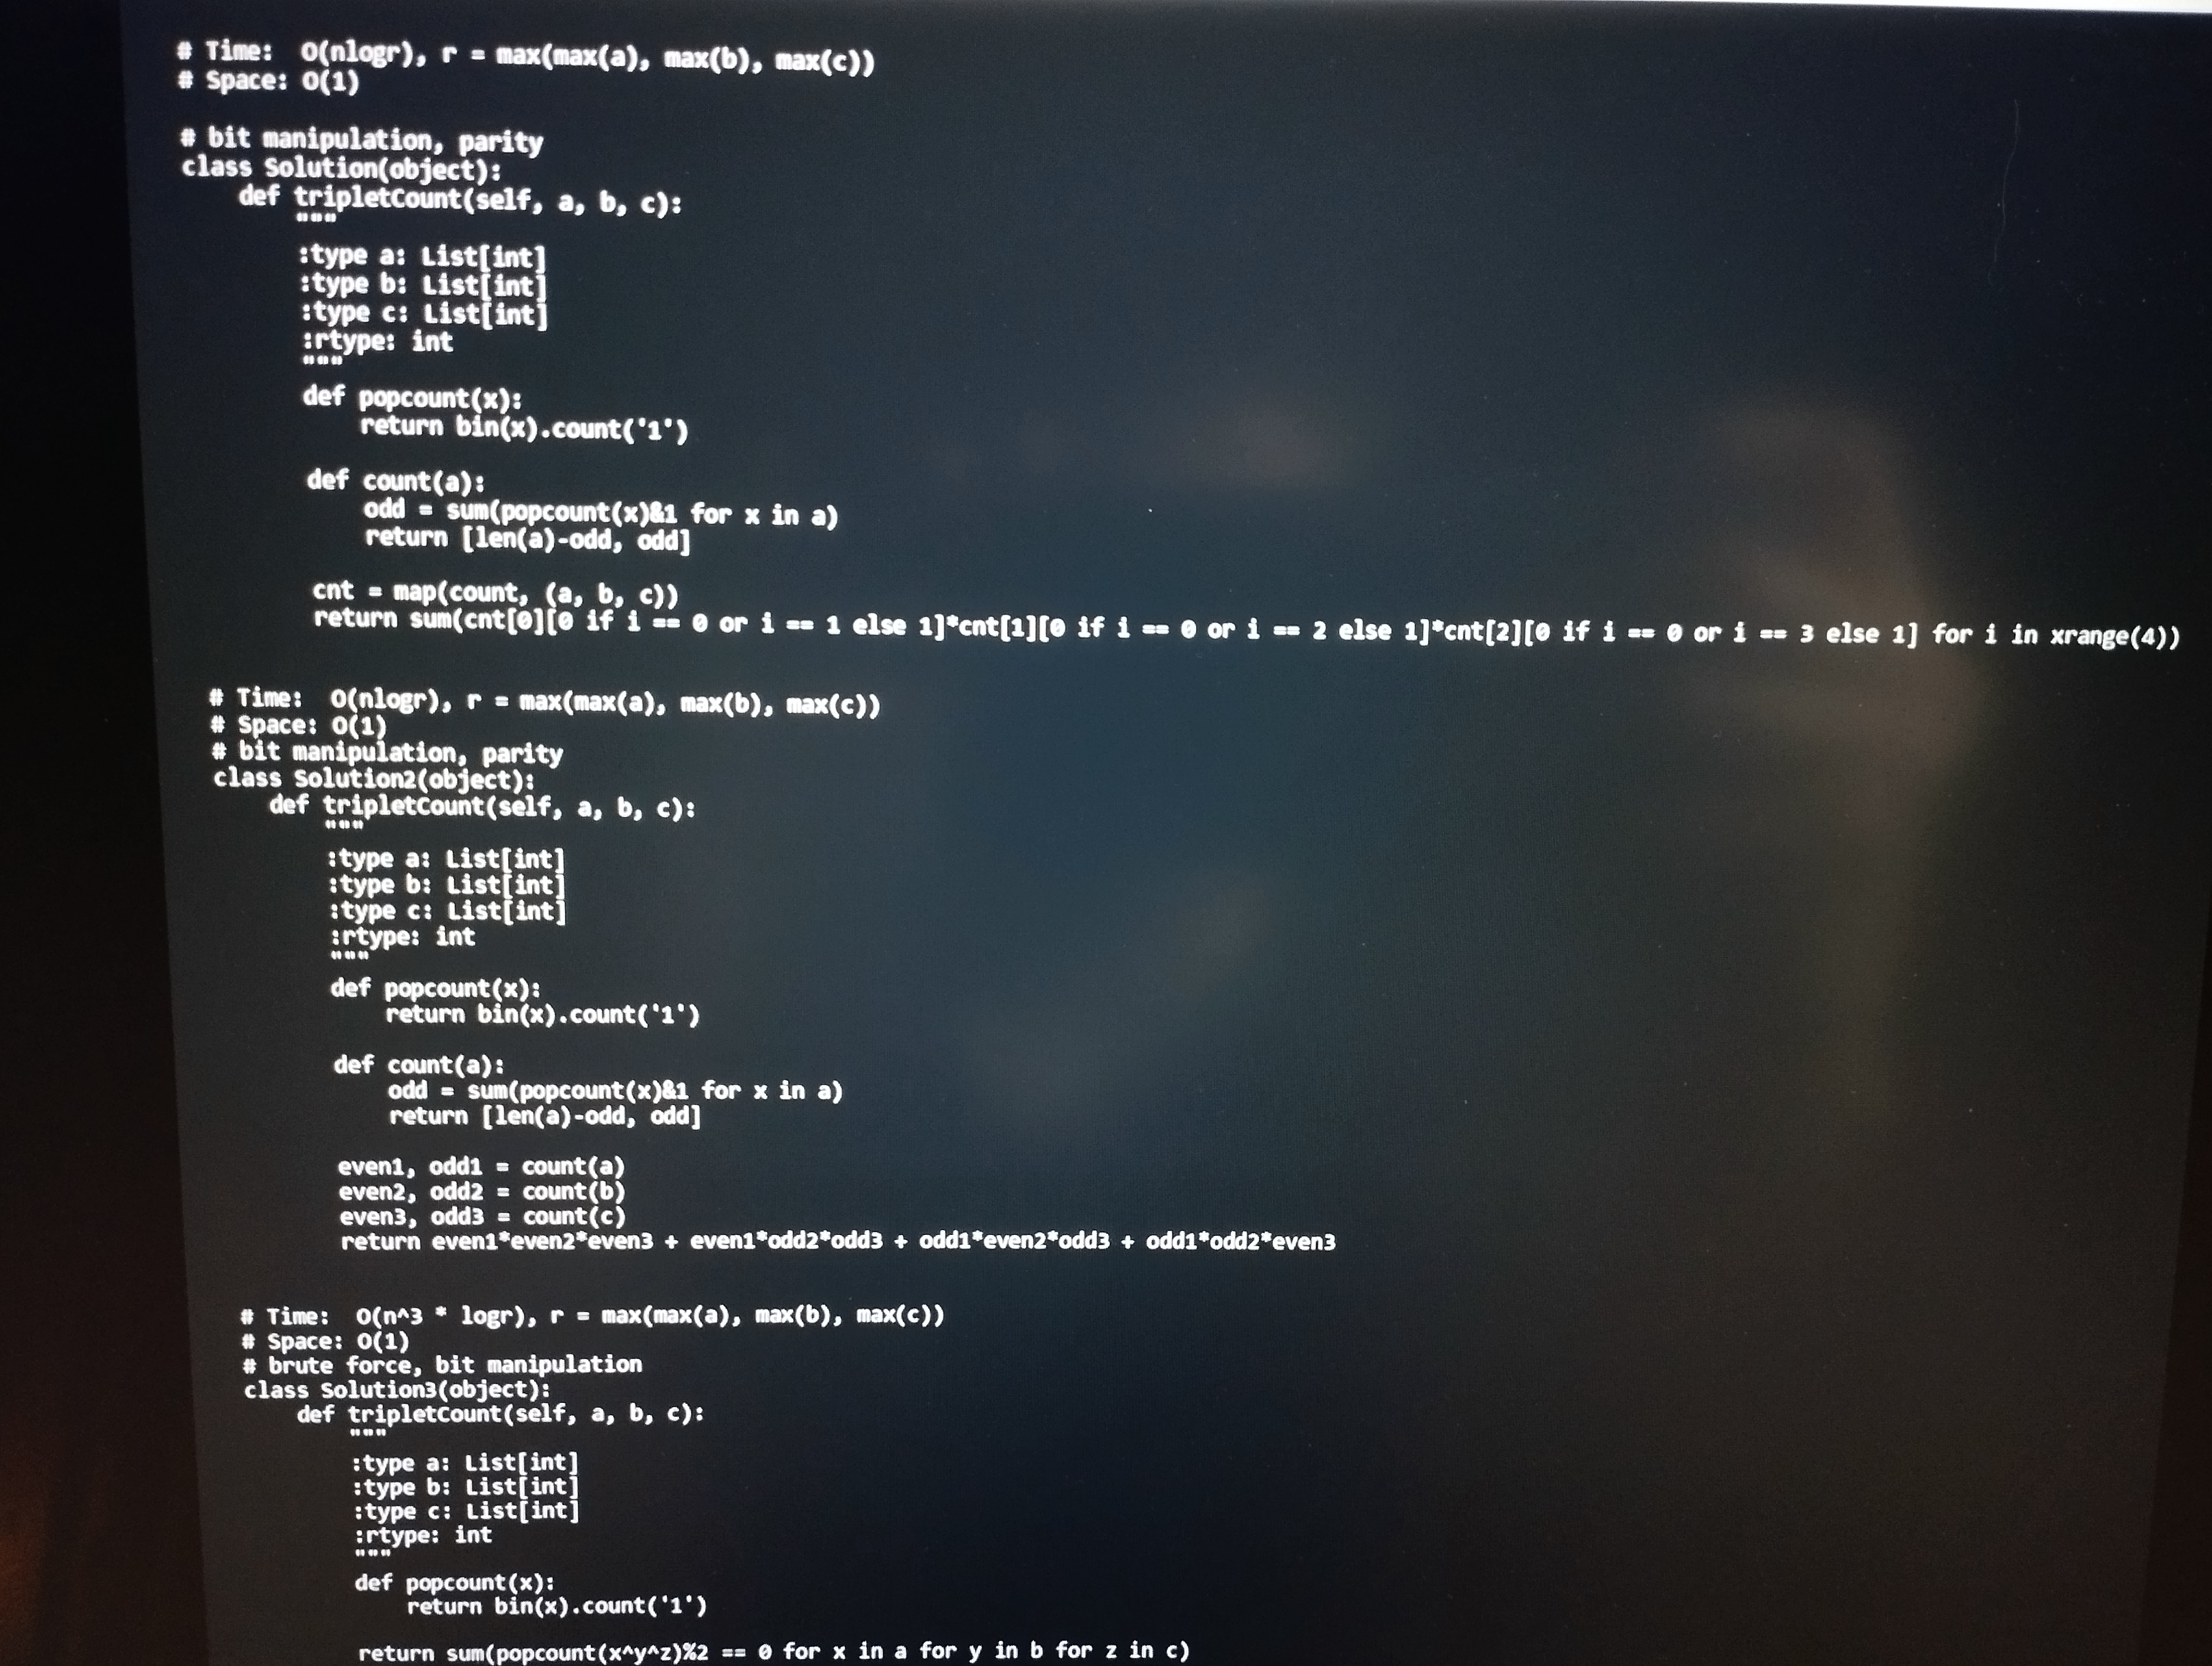
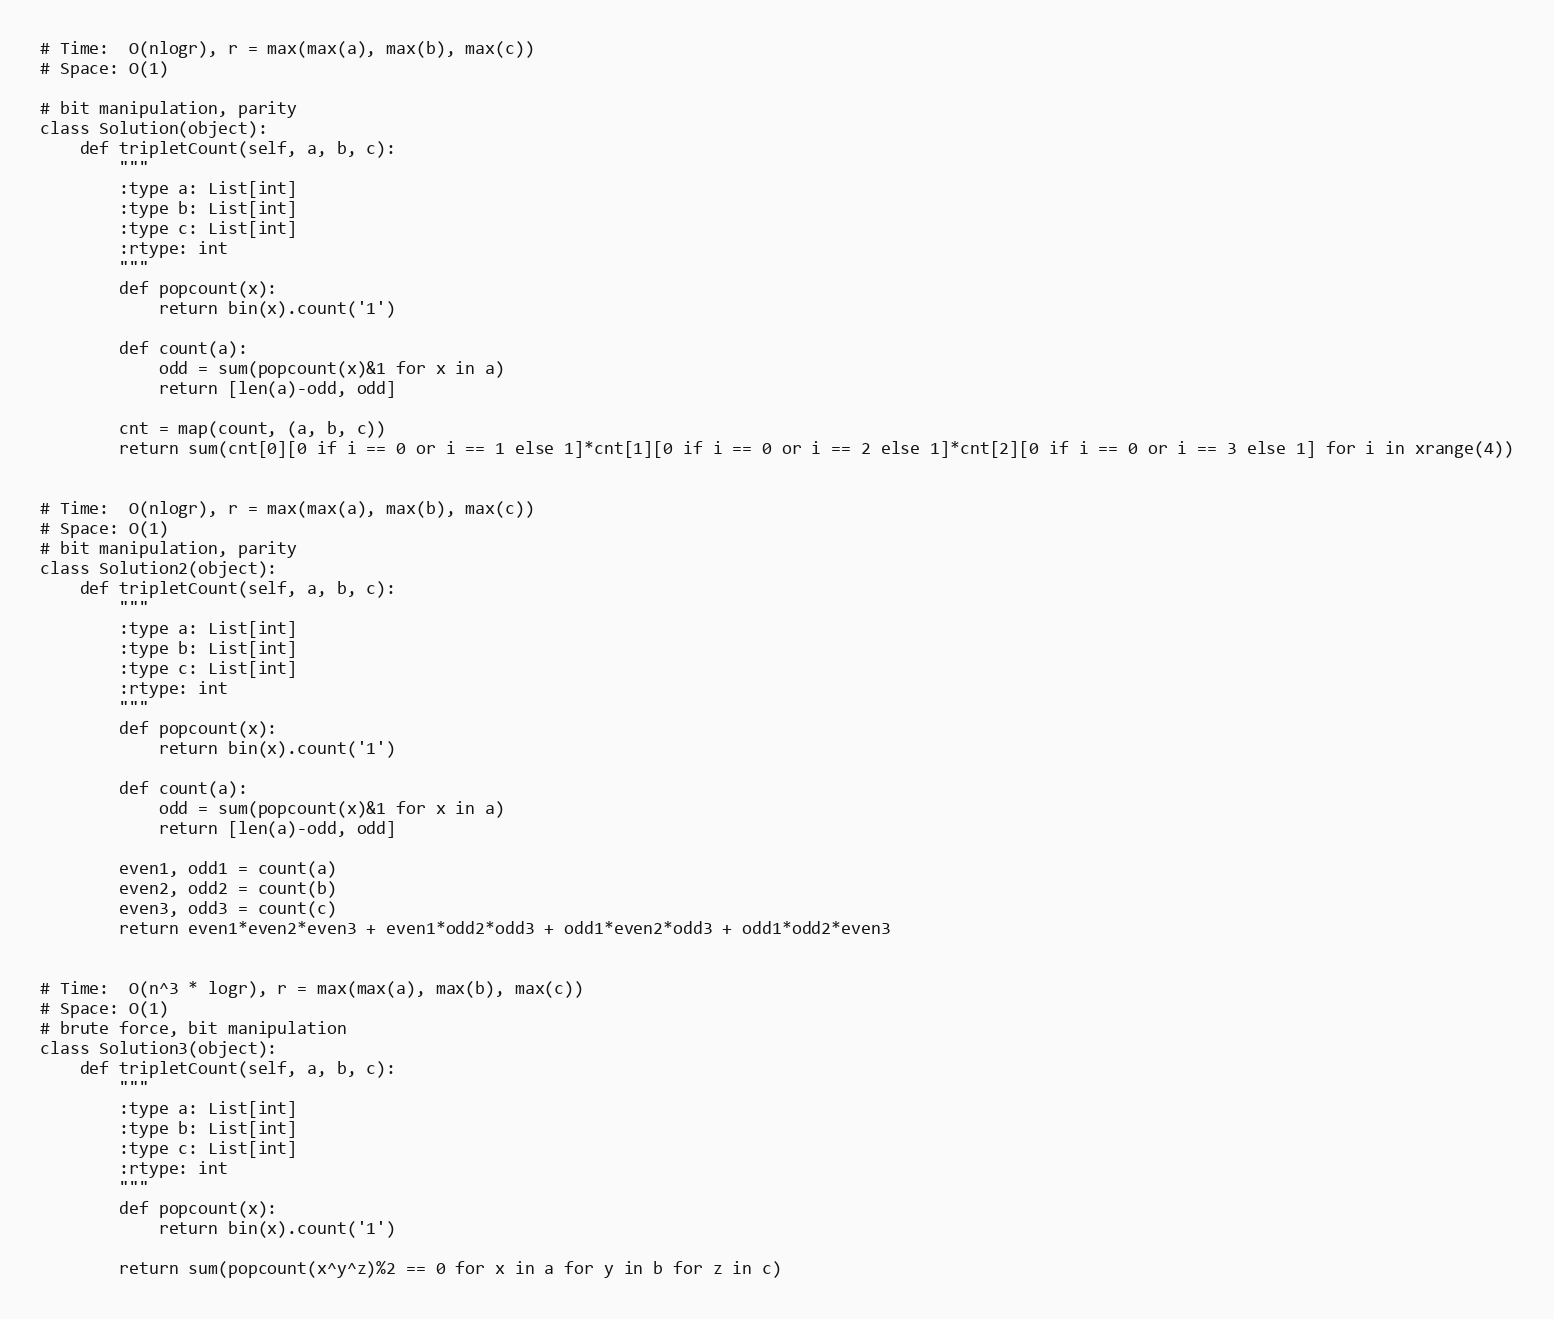
# Time:  O(nlogr), r = max(max(a), max(b), max(c))
# Space: O(1)

# bit manipulation, parity
class Solution(object):
    def tripletCount(self, a, b, c):
        """
        :type a: List[int]
        :type b: List[int]
        :type c: List[int]
        :rtype: int
        """
        def popcount(x):
            return bin(x).count('1')

        def count(a):
            odd = sum(popcount(x)&1 for x in a)
            return [len(a)-odd, odd]

        cnt = map(count, (a, b, c))
        return sum(cnt[0][0 if i == 0 or i == 1 else 1]*cnt[1][0 if i == 0 or i == 2 else 1]*cnt[2][0 if i == 0 or i == 3 else 1] for i in xrange(4))

# Time:  O(nlogr), r = max(max(a), max(b), max(c))
# Space: O(1)
# bit manipulation, parity
class Solution2(object):
    def tripletCount(self, a, b, c):
        """
        :type a: List[int]
        :type b: List[int]
        :type c: List[int]
        :rtype: int
        """
        def popcount(x):
            return bin(x).count('1')

        def count(a):
            odd = sum(popcount(x)&1 for x in a)
            return [len(a)-odd, odd]

        even1, odd1 = count(a)
        even2, odd2 = count(b)
        even3, odd3 = count(c)
        return even1*even2*even3 + even1*odd2*odd3 + odd1*even2*odd3 + odd1*odd2*even3

# Time:  O(n^3 * logr), r = max(max(a), max(b), max(c))
# Space: O(1)
# brute force, bit manipulation
class Solution3(object):
    def tripletCount(self, a, b, c):
        """
        :type a: List[int]
        :type b: List[int]
        :type c: List[int]
        :rtype: int
        """
        def popcount(x):
            return bin(x).count('1')

        return sum(popcount(x^y^z)%2 == 0 for x in a for y in b for z in c)